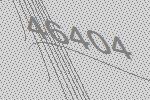
46404